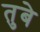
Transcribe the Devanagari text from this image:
तुबे